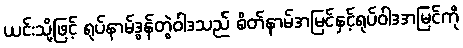
ယင်းသို့ဖြင့် ရုပ်နာမ်ဒွန်တွဲဝါဒသည် စိတ်နာမ်အမြင်နှင့်ရုပ်ဝါဒအမြင်ကို